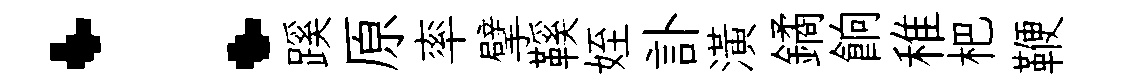
：蹊原率擘鞵姪訃潢鐍餉稚杷鞭